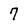
Character: 7